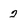
Character: 2